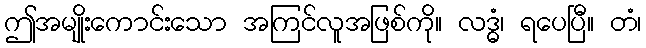
ဤအမျိုးကောင်းသော အကြင်လူအဖြစ်ကို။ လဒ္ဓံ၊ ရပေပြီ။ တံ၊